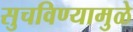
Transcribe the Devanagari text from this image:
सुचविण्यामुळे